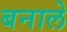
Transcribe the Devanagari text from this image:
बनाले